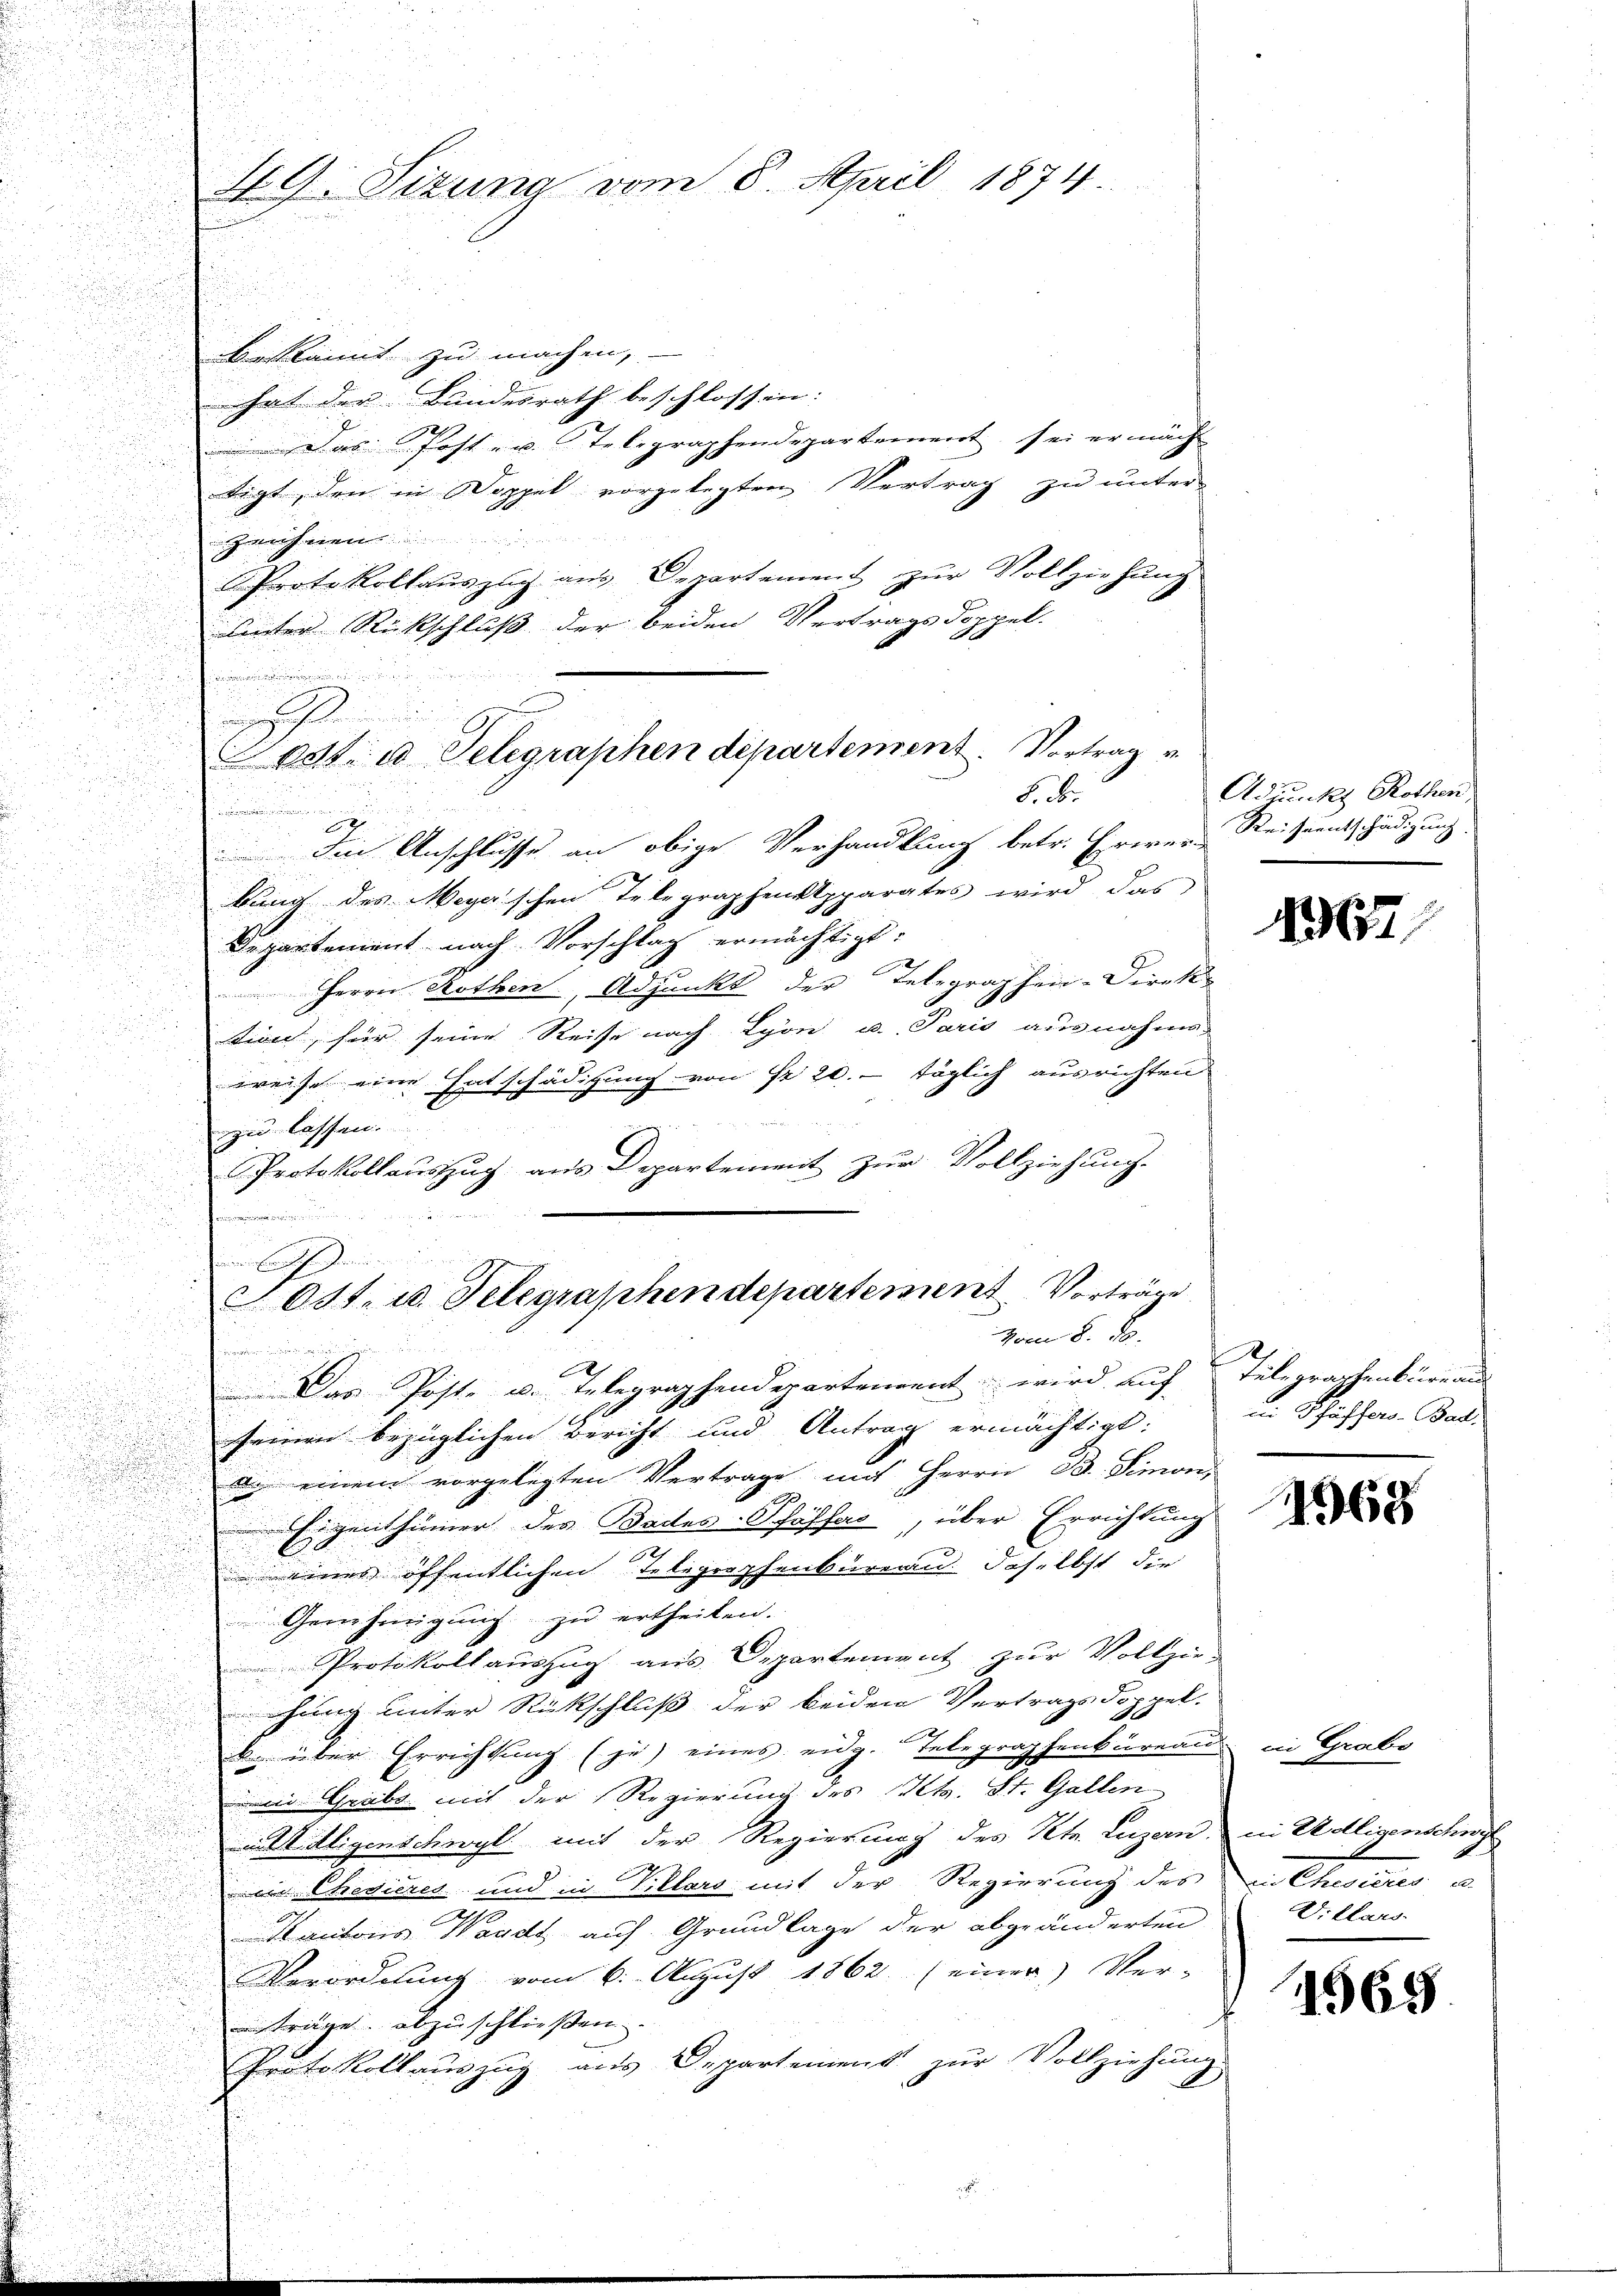
u

n
bestkannt zu machen,
hat der Bundesrath beschlossen:
 Das Post- u. Telegraphendepartement sei ermäch
tigt, den in Doppel vorgelegten Vertrag zu unter
Zeichnen
Protokollaŭszŭg aŭs Departement zŭr Vollziehŭng

unter Rückschluß der beiden Vertragsdoppel-
.
8. d.
m
x
Die Anschlusse an obige Verhandlung betr. Erwer-Keiseentschädigung.

u
bung des Meyer'schen Telegraphenkpparates wird das
Departement nach Vorschlag ermächtigt:
.
Herrn Rothen, Adjunkt der Telegraphen-Direka
tion, für seine Reise nach Lyon u. Paris ausnahms-

drung
weise eine Entschädigung von Fr. 20.- täglich ausrichten
zu lassen.
Protokollauszug aus Departement zur Vollziehung.

u

d
un in die

3
 E

011. u. Telegraphendepartement Vorträge

vom 8. B.
tgewieser in unter in eines
f
n
Das Post- u. Telegraphendepartement wird auf Telegraphenbüreau
seinen bezüglichen Bericht und Antrag ermächtigt:
d. einem vorgelegten Vertrage mit Herrn B. Simon,
Eigenthümer des Bades-Pfäffes, über Errichtung
l
eines öffentlichen Telegraphenbüreau daselbst die
Genehmigung zu ertheilen.
Protokollauszug aus Departement zur Vollzie-
hung unter Rückschluß der beiden Vertragsdoppel-
b. über Errichtung (je) eines eidg. Telegraphenbüreaus in Grabe
ii Grabe mit der Regierung des Kts. St. Gallen
u Adligenschwyl mit der Regierung des Kts. Luzern in Adligenschnit
in Chevieres und in Villars mit der Regierung des in Chevières u.
Kantons Waadt auf Grundlage der abgeänderten
Verordnung vom 6. August 1862 (einer Ver-
träge abzuschließen.
Protokollauszug aus Departement zur Vollziehung

Hl. Sizung vom 8. April 1874.

odt. a Telegraphen departement. Vortrag v
e

Adunckt Rothen

1361

ei Pfäffers-Bad.

568

Villars

1565